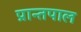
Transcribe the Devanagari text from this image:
प्रान्तपाल